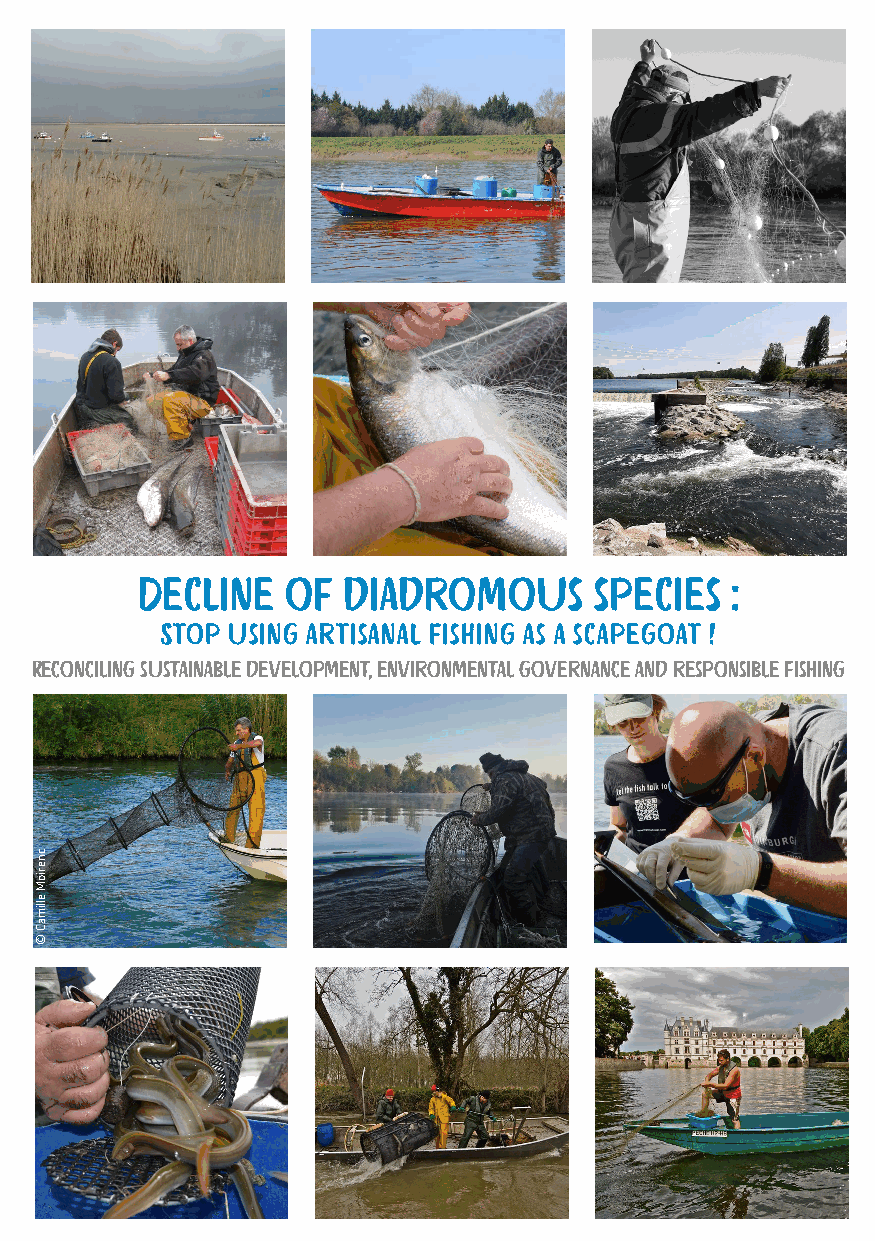
Decline   of  diadromous      species  :
 Stop using artisanal fishing as a scapegoat !
 Reconciling sustainable development, environmental governance and responsible fishing
 Concilier développement Durable, gouvernance environnementale et pêche responsable
 cnerioM
 ellimaC
 ©